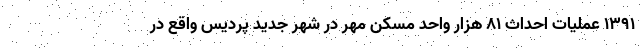
۱۳۹۱ عملیات احداث ۸۱ هزار واحد مسکن مهر در شهر جدید پردیس واقع در